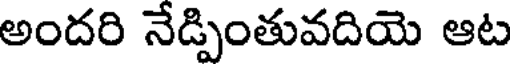
అందరి నేడ్పింతువదియె ఆట